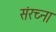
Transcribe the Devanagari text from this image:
संरच्ना